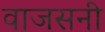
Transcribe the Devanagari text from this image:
वाजसनी